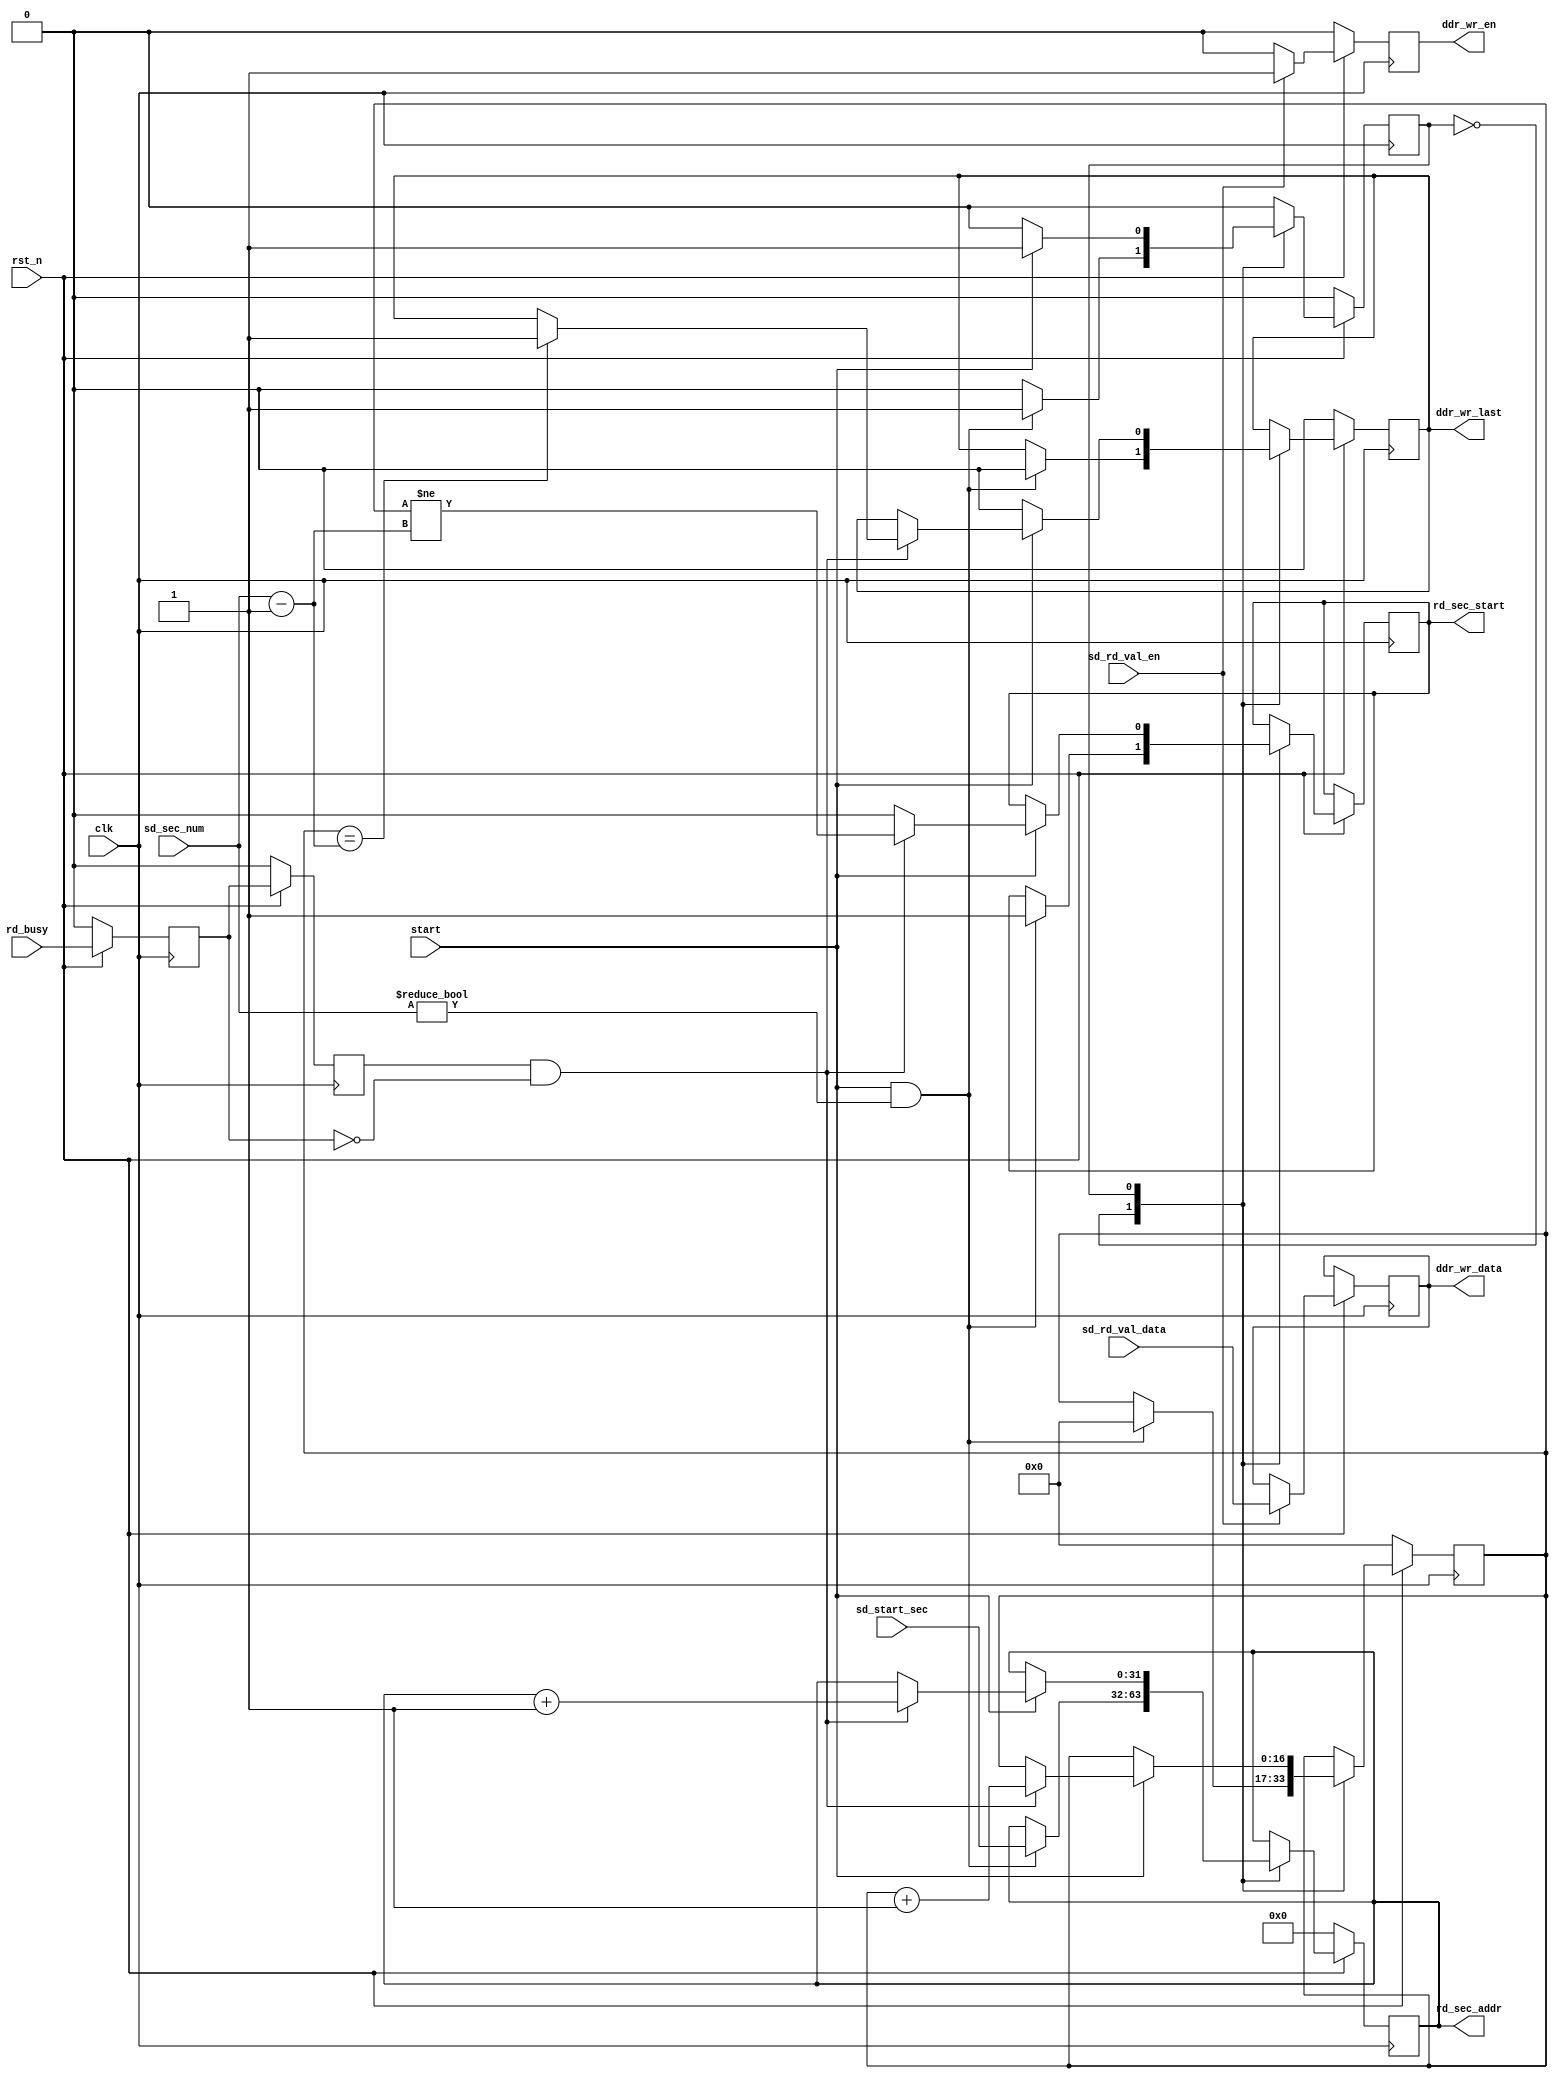
module sd_read_model(
    input                clk           ,  //
    input                rst_n         ,  //,
    input        [16:0]  sd_sec_num    ,  //SD               
    input                rd_busy       ,  //SD
    input                sd_rd_val_en  ,  //SD
    input        [15:0]  sd_rd_val_data,  //SD
    input        [31:0]  sd_start_sec  ,  //SD
    input                start         ,
    output  reg  [31:0]  rd_sec_addr   ,  //
    output  reg          rd_sec_start  ,  //
    output  reg          ddr_wr_en     ,  //DDR
    output               ddr_wr_last   ,  //
    output  reg  [15:0]  ddr_wr_data      //DDR
);

reg                 rd_busy_d0       ;
reg                 rd_busy_d1       ;  
reg                 rd_flow_state    ;  //sd
reg    [16:0]       rd_sec_cnt       ;  //
reg                 sd_rd_last       ;

wire                rd_sec_complete  ;  //SD
//*****************************************************
//**                    main code
//*****************************************************

//rd_busy,rd_busy
always @(posedge clk) begin
    if(~rst_n) begin
        rd_busy_d0 <= 1'b0;
        rd_busy_d1 <= 1'b0;
    end
    else begin
        rd_busy_d0 <= rd_busy;
        rd_busy_d1 <= rd_busy_d0;
    end
end
assign  rd_sec_complete = rd_busy_d1 & (~rd_busy_d0); //rd_busySD

always @(posedge clk) begin
    if (~rst_n) begin
        rd_flow_state <= 0;
        rd_sec_addr   <= 0;
        rd_sec_cnt    <= 0;
        sd_rd_last    <= 0;
    end
    else begin
        case (rd_flow_state)
            1'd0:begin
                if (start && sd_sec_num != 0) begin
                    rd_flow_state <= 1'd1;
                    rd_sec_addr <= sd_start_sec;
                    rd_sec_start <= 1'b1;
                    rd_sec_cnt <= 0;
                    sd_rd_last <= 1'b0;
                end
            end
            1'd1:begin
                if (start) begin
                    if(rd_sec_complete) begin                          
                        rd_sec_cnt <= rd_sec_cnt + 1'b1;
                        rd_sec_addr <= rd_sec_addr + 32'd1;
                        rd_sec_start <= (rd_sec_cnt != sd_sec_num - 1'b1);
                        if(rd_sec_cnt == sd_sec_num - 1'b1) begin
                            sd_rd_last <= 1'b1;
                        end
                    end
                    else begin
                        rd_sec_start <= 1'b0;
                    end
                end
                else begin
                    rd_flow_state <= 1'd0;
                    sd_rd_last <= 1'b0;
                end
            end
        endcase
    end
end


always @(posedge clk) begin
    if (!rst_n) begin
        ddr_wr_en      <= 0;
    end
    else begin
        ddr_wr_en <= 1'b0;
        if(sd_rd_val_en) begin
            ddr_wr_data <= sd_rd_val_data;
            ddr_wr_en <= 1'b1;
        end
    end
end

assign ddr_wr_last = sd_rd_last;
endmodule